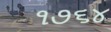
૧૭૬૪